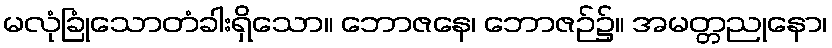
မလုံခြုံသောတံခါးရှိသော။ ဘောဇနေ၊ ဘောဇဉ်၌။ အမတ္တညုနော၊